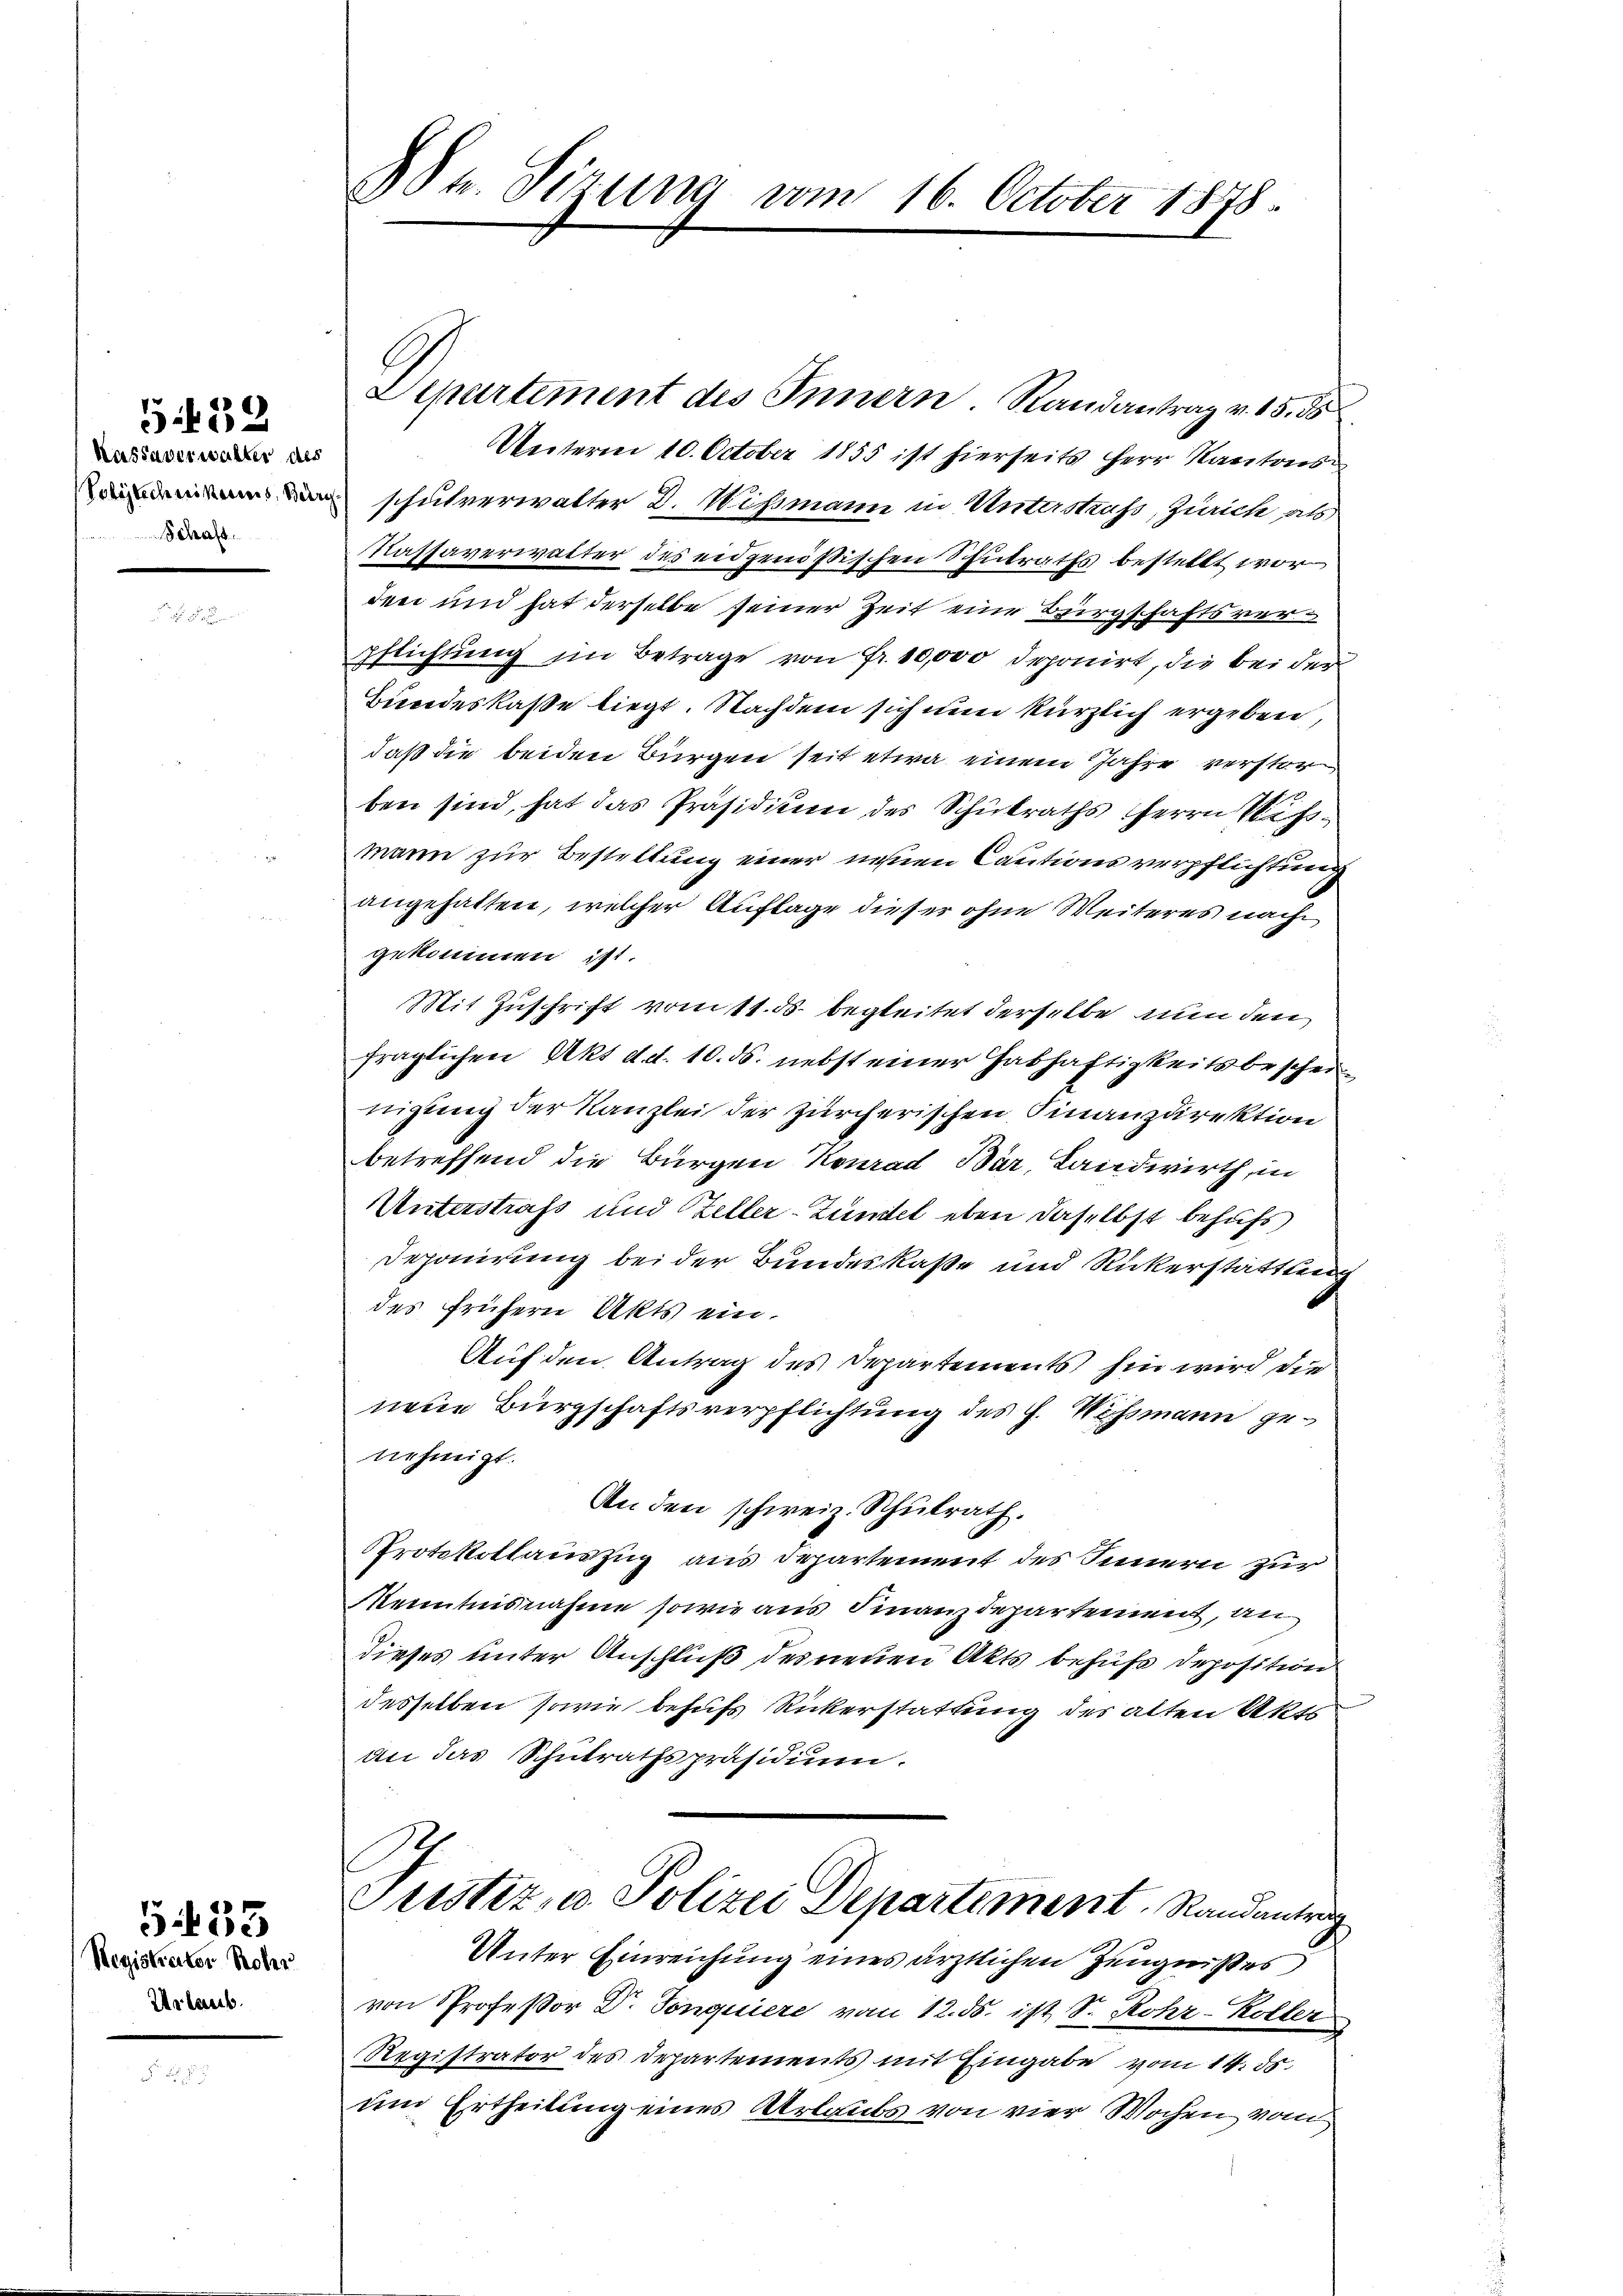
Kassaverwalter des
Volytechnikerns, Bern
Schaft.

432

Regiskator Rohr
Urlaub

533

3Str. Sizung vom 16. October 1878.

Departement des Innern. Randantrag v. 15. ds
Unterm 10. October 1855 ist hierseits Herr Kantonsschulverwalter D. Wismann in Unterstraf, Zürich als
Kassaverwalter des eidgenößischen Schulraths bestellt wor
den und hat derselbe seiner Zeit eine Bürgschaftsverpflichtung im Betrage von Fr. 10,000 deponirt, die bei der
Bundeskaße liegt. Nachdem sich nun kürzlich ergeben,
daß die beiden Bürgen seit etwa einem Jahre verstorben sind, hat das Präsidium des Schulraths Herrn Mißmann zur Bestellung einer nehmen Cautionsverpflichtung
angehalten, welcher Auflage dieser ohne Weiteres nach
gekommen ist.
Mit Zuschrift vom 11. ds. begleitet derselbe nun den
fraglichen Akt d. d. 10. ds. nebst einer Habhaftigkeitsbescheinigung der Kanzlei der zürcherischen Finanzdirektion
betreffend die Bürgen Konrad Bär, Landwirth, in
Unterstrafs und Heller-Züntel eben daselbst behufs
Deponirung bei der Bundeskaße und Rückerstattung
des frühern Akts ein.
Auf den Antrag des Departements hin wird die
neue Bürgschaftsverpflichtung des J. Wessmann genehmigt.
An den schweiz. Schulrath.
Protokollauszug aus Departement des Innern zur
Kenntnisnahme sowie aus Finanzdepartement, an
dieses unter Anschluß des neuen Akts behufs Deposition
desselben sowie behufs Rickerstattung des alten Aka
an das Schulrathspräsidium.
Justiz- u. Polizei Departement, Randantrag
Unter Einreichung eines ärztlichen Zeugnißes
von Professor Dr. Tonquiere vom 12. ds. ist, Sr. Rohr-Koller
Registrator des Departements mit Eingabe vom 14. ds.
un Ertheilung eines Urlaubs von vier Wochen vom